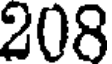
208